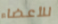
للأعضاء